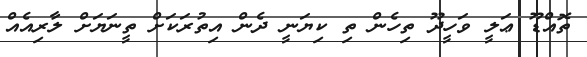
ތޮއްޑޫ ޢަލީ ވަހީދޫ ތިހެން ތި ކިޔަނީ ދެން އިތުރަކަށް ތީނަޔަށް ލާރިއެއް